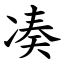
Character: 凑